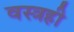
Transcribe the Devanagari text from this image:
वस्त्रही